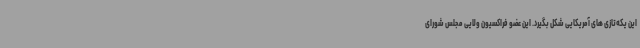
این یکه‌تازی های آمریکایی شکل بگیرد. این عضو فراکسیون ولایی مجلس شورای